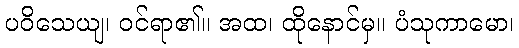
ပဝိသေယျ၊ ဝင်ရာ၏။ အထ၊ ထိုနောင်မှ။ ပံသုကာမော၊